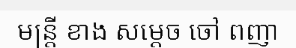
មន្ត្រី ខាង សម្តេច ចៅ ពញា